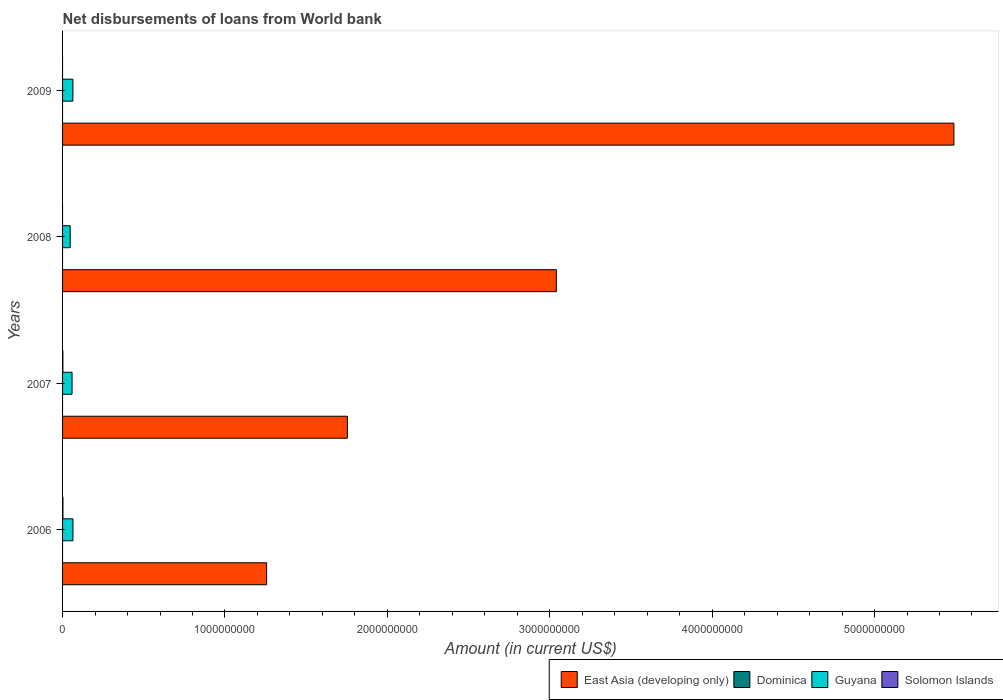
| Years | East Asia (developing only) | Dominica | Guyana | Solomon Islands |
 | --- | --- | --- | --- | --- |
 | 2006 | 1.26e+09 | -5.34e+06 | 6.4e+07 | 2.31e+06 |
 | 2007 | 1.75e+09 | -2.18e+06 | 5.84e+07 | 1.91e+06 |
 | 2008 | 3.04e+09 | -3.18e+06 | 4.69e+07 | -7.76e+06 |
 | 2009 | 5.49e+09 | -1.48e+06 | 6.35e+07 | -4.65e+06 |